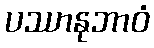
ပဿာနုဘာဝံ